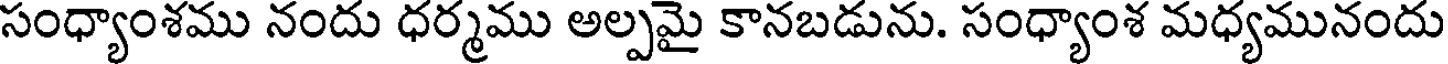
సంధ్యాంశము నందు ధర్మము అల్పమై కానబడును. సంధ్యాంశ మధ్యమునందు